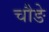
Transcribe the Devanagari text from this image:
चौङे